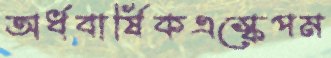
অর্ধবার্ষিকএস্কেপম